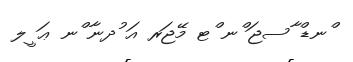
ްނޑް ާސޖަ ްނ ްޓ މޭޖަރ އަ ުދނާ ްނ ޢަ ީލ